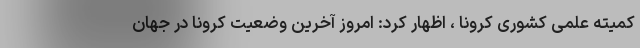
کمیته علمی کشوری کرونا ، اظهار کرد: امروز آخرین وضعیت کرونا در جهان